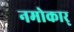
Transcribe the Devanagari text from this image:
नमोकार्